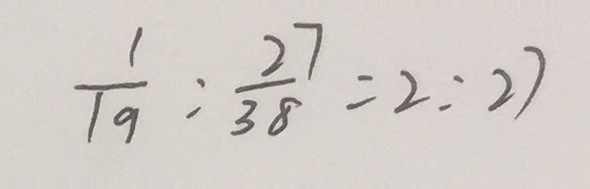
\frac { 1 } { 1 9 } : \frac { 2 7 } { 3 8 } = 2 : 2 7